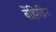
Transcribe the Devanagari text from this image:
बेंझिडिन